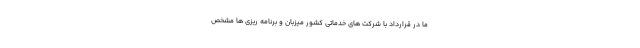
ما در قرارداد با شرکت های خدماتی کشور میزبان و برنامه ریزی ها مشخص